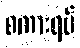
စကားရပ်